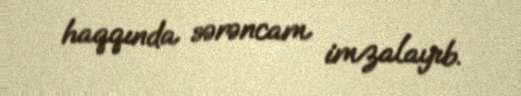
haqqında sərəncam imzalayıb.